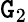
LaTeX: \mathtt{G}_{2}